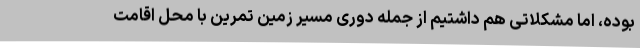
بوده، اما مشکلاتی هم داشتیم از جمله دوری مسیر زمین تمرین با محل اقامت